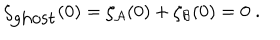
\zeta _ { \mathrm { g h o s t } } ( 0 ) = \zeta _ { \cal A } ( 0 ) + \zeta _ { \cal B } ( 0 ) = 0 \; .